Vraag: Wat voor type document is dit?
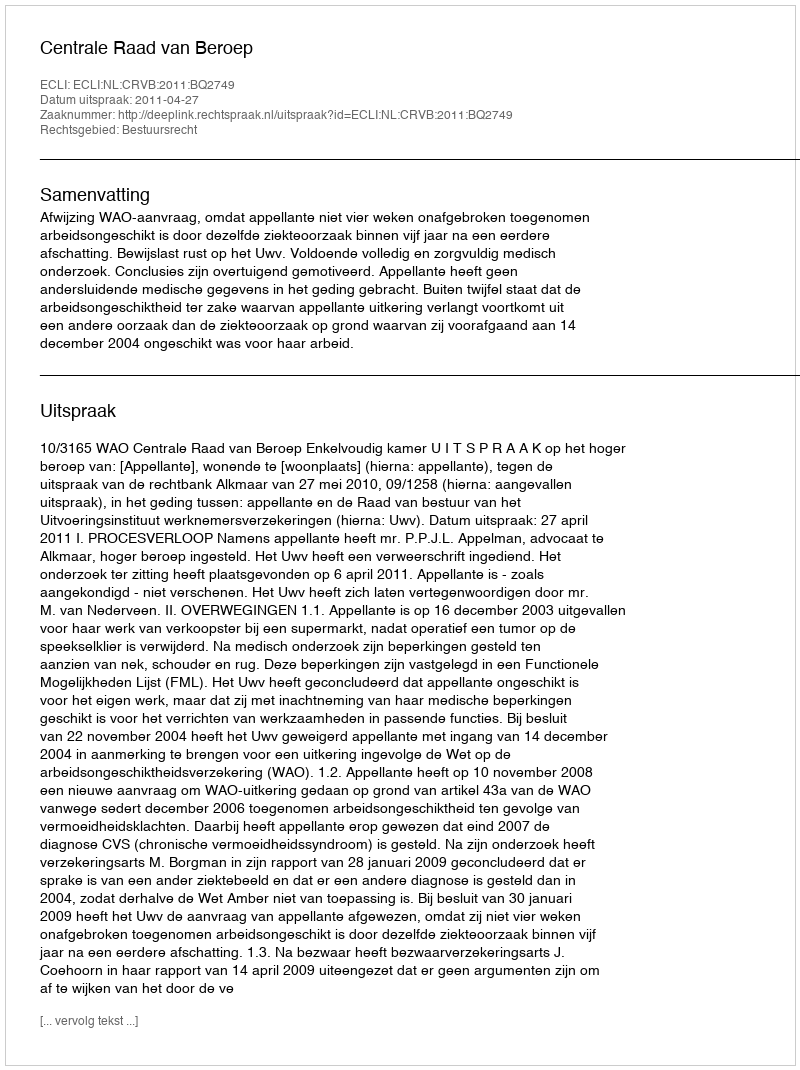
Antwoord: Uitspraak